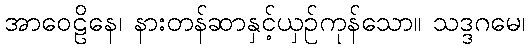
အာဝေဠိနေ၊ နားတန်ဆာနှင့်ယှဉ်ကုန်သော။ သဒ္ဒဂမေ၊